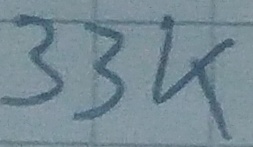
Text: 33K